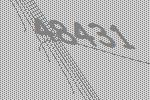
48431